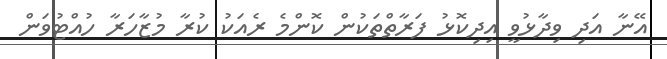
އޭނާ އަދި ވިދާޅުވީ އިދިކޮޅު ފަރާތްތަކުން ކޮންމެ ރެއަކު ކުރާ މުޒާހަރާ ހުއްޓުވަން